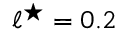
\ell ^ { \star } = 0 . 2